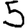
Digit: 5